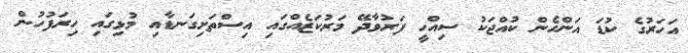
އަހަރުގެ ކުޑަ އަންހެން ކުއްޖަކު ސިއްހީ ފަރުވާދޭ މަރުކަޒެއްގައި އިސްތަށިގަނޑާއި މުޅިގައި ހިރަފުހުން